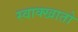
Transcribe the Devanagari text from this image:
स्वाक्खातो